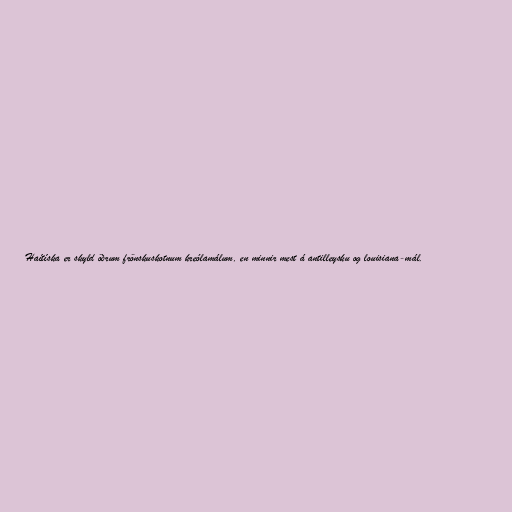
Haítíska er skyld öðrum frönskuskotnum kreólamálum, en minnir mest á antilleysku og louisiana-mál.